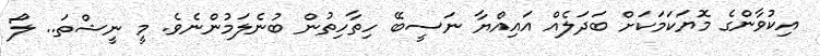
އިކުވާންގެ މޮޔަކަމަކަށް ބަދަލެއް އައިއްޔާ ނަސީބޭ ހިތާހިތުން ބުނެލަމުންނެވެ. މީ ނީޝްތަ.. ލޯ